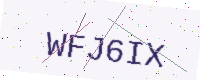
Text: WFJ6IX